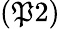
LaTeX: (\mathfrak{P}2)